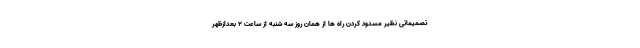
تصمیماتی نظیر مسدود کردن راه ها از همان روز سه شنبه از ساعت ۲ بعدازظهر